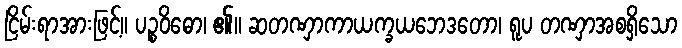
ငြိမ်းရာအားဖြင့်။ ပဉ္စဝိဓော၊ ၏။ ဆတဏှာကာယက္ခယဘေဒတော၊ ရူပ တဏှာအစရှိသော